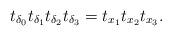
LaTeX: \begin{align*}t_{\delta_0}t_{\delta_1}t_{\delta_2}t_{\delta_{3}}=t_{x_1}t_{x_2} t_{x_{3}}.\end{align*}